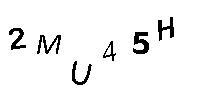
2MU45H